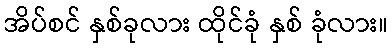
အိပ်စင် နှစ်ခုလား ထိုင်ခုံ နှစ် ခုံလား။